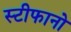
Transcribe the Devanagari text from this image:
स्टीफानो